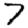
Digit: 7